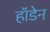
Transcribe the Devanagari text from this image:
हॉडेन